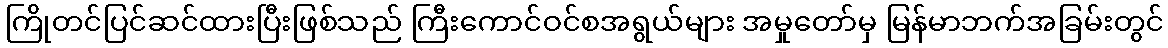
ကြိုတင်ပြင်ဆင်ထားပြီးဖြစ်သည် ကြီးကောင်ဝင်စအရွယ်များ အမှုတော်မှ မြန်မာဘက်အခြမ်းတွင်